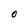
Character: O